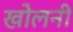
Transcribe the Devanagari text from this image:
खोलनी